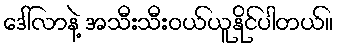
ဒေါ်လာနဲ့ အသီးသီးဝယ်ယူနိုင်ပါတယ်။